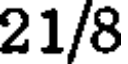
21/8